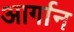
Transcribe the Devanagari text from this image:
आर्गान